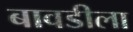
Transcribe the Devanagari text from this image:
बावडीला